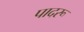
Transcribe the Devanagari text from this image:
पादरू